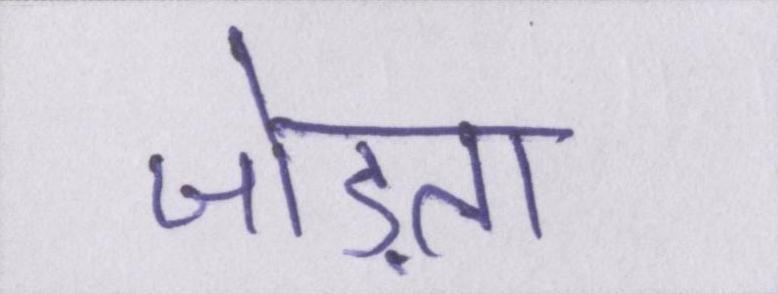
जोड़ता